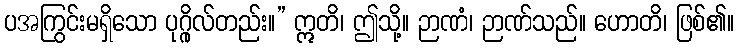
ပအကြွင်းမရှိသော ပုဂ္ဂိုလ်တည်း။” ဣတိ၊ ဤသို့။ ဉာဏံ၊ ဉာဏ်သည်။ ဟောတိ၊ ဖြစ်၏။